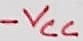
Text: -VCC